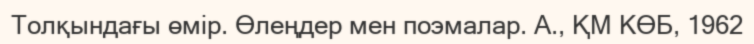
Толқындағы өмір. Өлеңдер мен поэмалар. А., ҚМ КӨБ, 1962